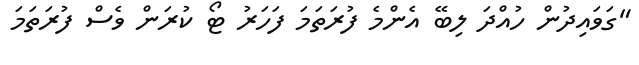
"ގަވައިދުން ހުއްދަ ލިބޭ އެންމެ ފުރަތަމަ ފަހަރު ޓޯ ކުރަން ވެސް ފުރަތަމަ